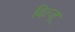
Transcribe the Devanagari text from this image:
दित्जू